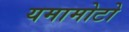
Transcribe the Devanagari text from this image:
यमामोटो